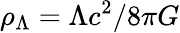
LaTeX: \rho_{\Lambda}=\Lambda c^{2}/8\pi G